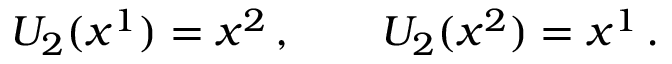
U _ { 2 } ( x ^ { 1 } ) = x ^ { 2 } \, , \qquad U _ { 2 } ( x ^ { 2 } ) = x ^ { 1 } \, .